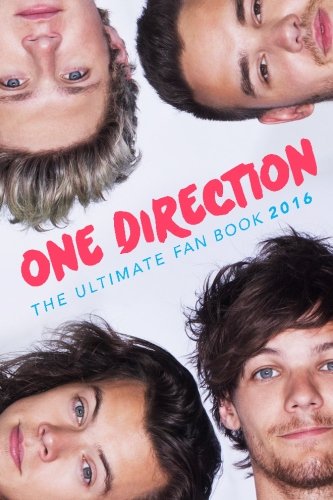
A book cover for One Direction: The Ultimate Fan Book 2016: One Direction Book (One Direction Annual 2016) (Volume 1); Jenny Kellett; Children's Books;